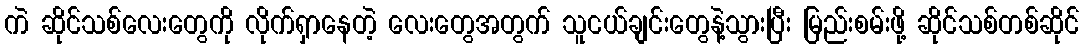
ကဲ ဆိုင်သစ်လေးတွေကို လိုက်ရှာနေတဲ့ လေးတွေအတွက် သူငယ်ချင်းတွေနဲ့သွားပြီး မြည်းစမ်းဖို့ ဆိုင်သစ်တစ်ဆိုင်